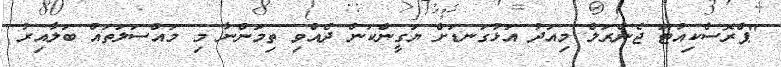
"ޕްރޮސެކިއުޓަ ޖެނެރަލް މިއަދު އަޅުގަނޑަށް ޔަގީންކަން ދެއްވި ތިމަންނާ މި މައްސަލަތައް ބަލާއިރު